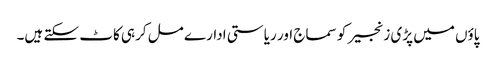
پاؤں میں پڑی زنجیر کو سماج اور ریاستی ادارے مل کرہی کاٹ سکتے ہیں۔